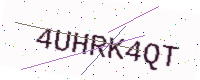
Text: 4UHRK4QT